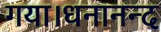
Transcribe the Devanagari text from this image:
गया।धनानन्द